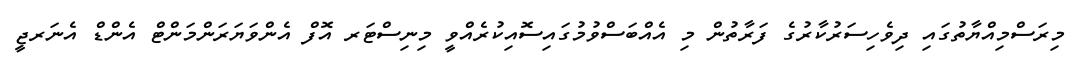
މިރަސްމިއްޔާތުގައި ދިވެހިސަރުކާރުގެ ފަރާތުން މި އެއްބަސްވުމުގައިސޮއިކުރެއްވީ މިނިސްޓަރ އޮފް އެންވަޔަރަންމަންޓް އެންޑް އެނަރޖީ